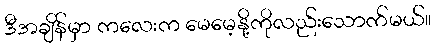
ဒီအချိန်မှာ ကလေးက မေမေ့နို့ကိုလည်းသောက်မယ်။